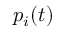
p _ { i } ( t )